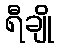
ရီချို